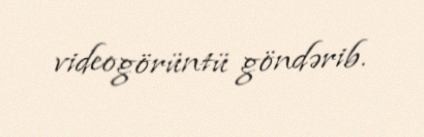
videogörüntü göndərib.